Vaccination North-Western Provinces 1866-1877 - 1866-1877
Year: 1866
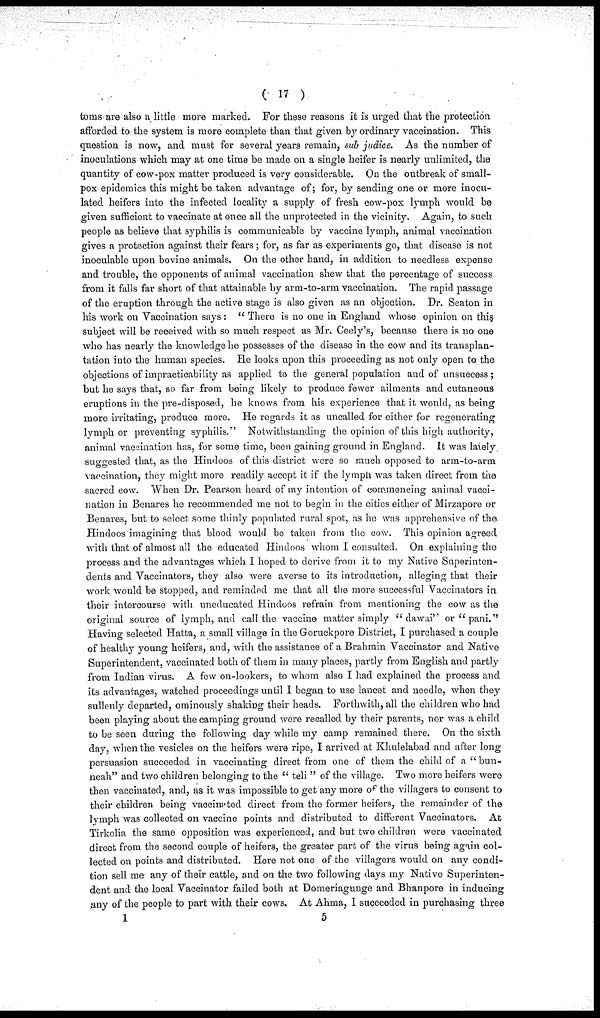
( 17 )
toms are also a little more marked. For these reasons it is urged that the protection
afforded to the system is more complete than that given by ordinary vaccination. This
question is now, and must for several years remain, sub judice. As the number of
inoculations which may at one time be made on a single heifer is nearly unlimited, the
quantity of cow-pox matter produced is very considerable. On the outbreak of small-
pox epidemics this might be taken advantage of; for, by sending one or more inocu-
lated heifers into the infected locality a supply of fresh cow-pox lymph would be
given sufficient to vaccinate at once all the unprotected in the vicinity. Again, to such
people as believe that syphilis is communicable by vaccine lymph, animal vaccination
gives a protection against their fears; for, as far as experiments go, that disease is not
inoculable upon bovine animals. On the other hand, in addition to needless expense
and trouble, the opponents of animal vaccination shew that the percentage of success
from it falls far short of that attainable by arm-to-arm vaccination. The rapid passage
of the eruption through the active stage is also given as an objection. Dr. Seaton in
his work on Vaccination says : " There is no one in England whose opinion on this
subject will be received with so much respect as Mr. Ceely's, because there is no one
who has nearly the knowledge he possesses of the disease in the cow and its transplan-
tation into the human species. He looks upon this proceeding as not only open to the
objections of impracticability as applied to the general population and of unsuccess;
but he says that, so far from being likely to produce fewer ailments and cutaneous
eruptions in the pre-disposed, he knows from his experience that it would, as being
more irritating, produce more. He regards it as uncalled for either for regenerating
lymph or preventing syphilis." Notwithstanding the opinion of this high authority,
animal vaccination has, for some time, been gaining ground in England. It was lately
suggested that, as the Hindoos of this district were so much opposed to arm-to-arm
vaccination, they might more readily accept it if the lymph was taken direct from the
sacred cow. When Dr. Pearson heard of my intention of commencing animal vacci-
nation in Benares he recommended me not to begin in the cities either of Mirzapore or
Benares, but to select some thinly populated rural spot, as he was apprehensive of the
Hindoos imagining that blood would be taken from the cow. This opinion agreed
with that of almost all the educated Hindoos whom I consulted. On explaining the
process and the advantages which I hoped to derive from it to my Native Superinten-
dents and Vaccinators, they also were averse to its introduction, alleging that their
work would be stopped, and reminded me that all the more successful Vaccinators in
their intercourse with uneducated Hindoos refrain from mentioning the cow as the
original source of lymph, and call the vaccine matter simply " dawai" or "pani."
Having selected Hatta, a small village in the Goruckpore District, I purchased a couple
of healthy young heifers, and, with the assistance of a Brahmin Vaccinator and Native
Superintendent, vaccinated both of them in many places, partly from English and partly
from Indian virus. A few on-lookers, to whom also I had explained the process and
its advantages, watched proceedings until I began to use lancet and needle, when they
sullenly departed, ominously shaking their heads. Forthwith, all the children who had
been playing about the camping ground were recalled by their parents, nor was a child
to be seen during the following day while my camp remained there. On the sixth
day, when the vesicles on the heifers were ripe, I arrived at Khulelabad and after long
persuasion succeeded in vaccinating direct from one of them the child of a "bun-
neah" and two children belonging to the " teli " of the village. Two more heifers were
then vaccinated, and, as it was impossible to get any more of the villagers to consent to
their children being vaccinated direct from the former heifers, the remainder of the
lymph was collected on vaccine points and distributed to different Vaccinators. At
Tirkolia the same opposition was experienced, and but two children were vaccinated
direct from the second couple of heifers, the greater part of the virus being again col-
lected on points and distributed. Here not one of the villagers would on any condi-
tion sell me any of their cattle, and on the two following days my Native Superinten-
dent and the local Vaccinator failed both at Domeriagunge and Bhanpore in inducing
any of the people to part with their cows. At Ahma, I succeeded in purchasing three
1
5